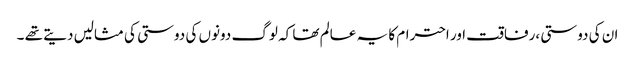
ان کی دوستی ،رفاقت اور احترام کا یہ عالم تھا کہ لوگ دونوں کی دوستی کی مثالیں دیتے تھے ۔